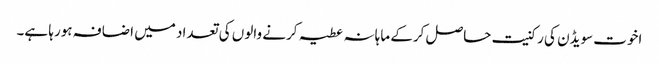
اخوت سویڈن کی رکنیت حاصل کرکے ماہانہ عطیہ کرنے والوں کی تعداد میں اضافہ ہورہا ہے۔